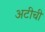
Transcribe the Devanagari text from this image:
अटीची